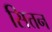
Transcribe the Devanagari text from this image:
सित्तन